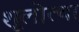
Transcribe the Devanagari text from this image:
शूलोत्था